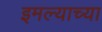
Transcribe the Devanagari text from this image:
इमल्याच्या